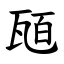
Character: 瓸